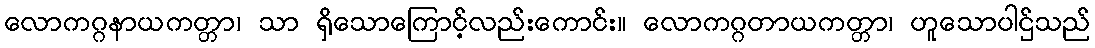
လောကဂ္ဂနာယကတ္တာ၊ သာ ရှိသောကြောင့်လည်းကောင်း။ လောကဂ္ဂတာယကတ္တာ၊ ဟူသောပါဌ်သည်